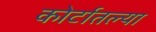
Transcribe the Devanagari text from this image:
कोर्टातल्या